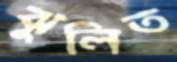
ঝুলিত